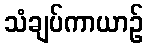
သံချပ်ကာယာဉ်